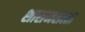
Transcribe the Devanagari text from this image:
शासनसत्‍ता